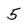
Character: 5